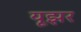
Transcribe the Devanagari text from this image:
यूझर